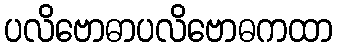
ပလိဗောဓာပလိဗောဓကထာ